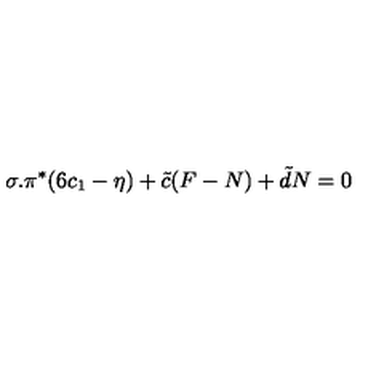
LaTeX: \sigma . \pi ^ { * } ( 6 c _ { 1 } - \eta ) + { \tilde { c } } ( F - N ) + { \tilde { d } } N = 0